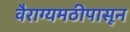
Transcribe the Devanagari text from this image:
वैराग्यमठीपासून